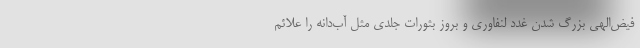
فیض‌الهی بزرگ شدن غدد لنفاوری و بروز بثورات جلدی مثل آب‌دانه را علائم